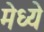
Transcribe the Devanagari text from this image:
मेध्ये